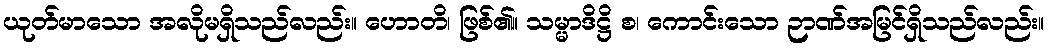
ယုတ်မာသော အလိုမရှိသည်လည်း။ ဟောတိ၊ ဖြစ်၏။ သမ္မာဒိဋ္ဌိ စ၊ ကောင်းသော ဉာဏ်အမြင်ရှိသည်လည်း။